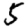
Digit: 5